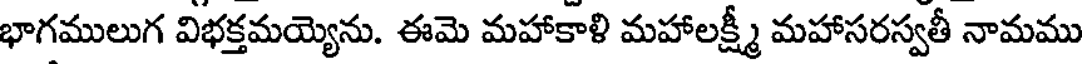
భాగములుగ విభక్తమయ్యెను. ఈమె మహాకాళి మహాలక్ష్మీ మహాసరస్వతీ నామము